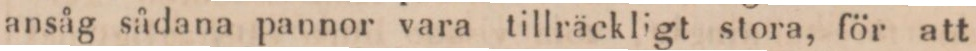
ansåg sådana pannor vara tillräckligt stora, för att